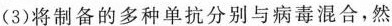
(3)将制备的多种单抗分别与病毒混合，然